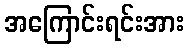
အကြောင်းရင်းအား